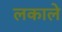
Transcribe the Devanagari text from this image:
लकाले